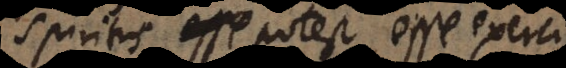
spiritus potest esse exerci